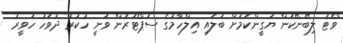
ވޯޓު ލިބޭނޭކަން ޔަގީންކަމަށް ބަލައި އިލްހާމުގެ ސަޕޯޓަރުން ވަނީ ހުކުރު ދުވަހު ހަވީރު